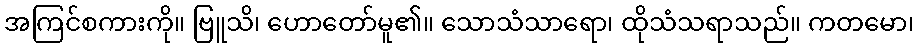
အကြင်စကားကို။ ဗြူသိ၊ ဟောတော်မူ၏။ သောသံသာရော၊ ထိုသံသရာသည်။ ကတမော၊